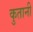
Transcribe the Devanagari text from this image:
कुतानी